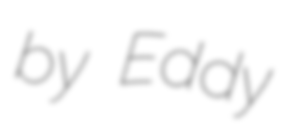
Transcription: by Eddy